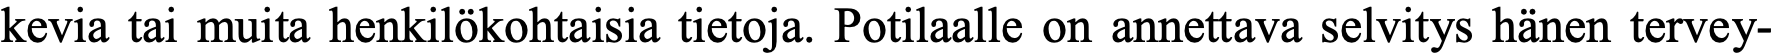
kevia tai muita henkilökohtaisia tietoja. Potilaalle on annettava selvitys hänen tervey-